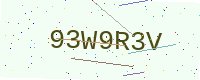
Text: 93W9R3V